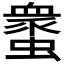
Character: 𧑸